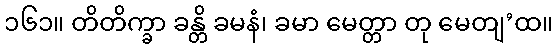
၁၆၁။ တိတိက္ခာ ခန္တိ ခမနံ၊ ခမာ မေတ္တာ တု မေတျ’ထ။